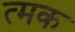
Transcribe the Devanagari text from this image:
त्मक